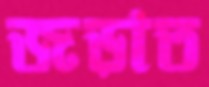
জড়াত